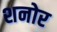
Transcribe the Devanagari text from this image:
शनोर